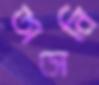
অসেনি